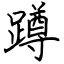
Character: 蹲